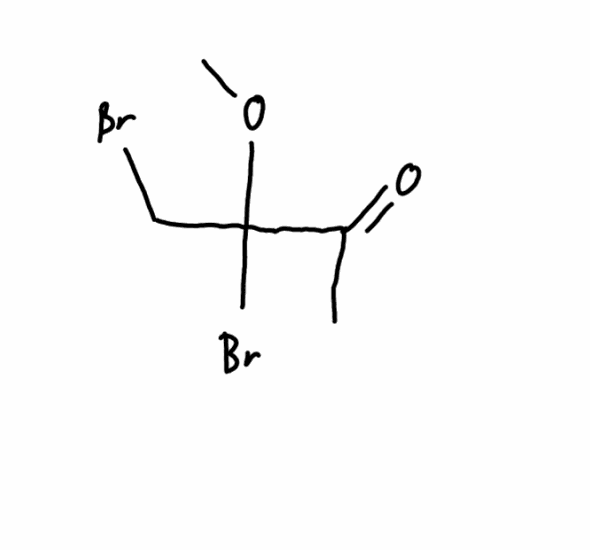
Simplified molecular-input line-entry system (SMILES) notation of the given molecule:
CC(=O)C(CBr)(OC)Br